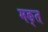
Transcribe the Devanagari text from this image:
मङ्त